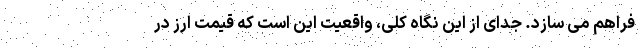
فراهم می سازد. جدای از این نگاه کلی، واقعیت این است که قیمت ارز در